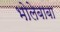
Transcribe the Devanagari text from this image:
भोलेबाबा